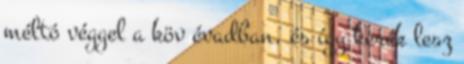
méltó véggel a köv évadban, és így kerek lesz